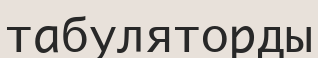
табуляторды